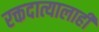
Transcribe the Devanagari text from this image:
रक्तदात्यालाही